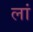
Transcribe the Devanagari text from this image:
लां